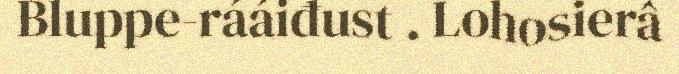
Bluppe-rááiđust . Lohosierâ